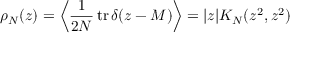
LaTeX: \rho _ { N } ( z ) = \left\langle \frac { 1 } { 2 N } \, \mathrm { t r } \, \delta ( z - M ) \right\rangle = | z | K _ { N } ( z ^ { 2 } , z ^ { 2 } )